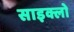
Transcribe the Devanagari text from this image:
साइक्लो